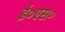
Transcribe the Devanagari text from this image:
ई०एस०